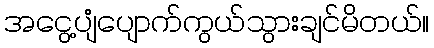
အငွေ့ပျံပျောက်ကွယ်သွားချင်မိတယ်။